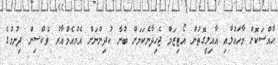
ޙާއްސަކޮށް މާހައުލާއި އާއިލީގޮތުން އޯޓިޒަމް ޖެހިދާނެކަމަށް ބުނާ ކުދިންނަށް އެމްއެމްއާރު ވެކްސިން ދިނުމުގެ